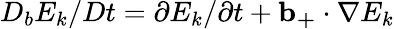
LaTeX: D_{b}E_{k}/Dt=\partial E_{k}/\partial t+\mathbf{b_{+}}\cdot\nabla E_{k}